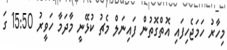
މިހާރު ހަމަޖެހިފައި އޮތްގޮތުން ފައިނަލް މެޗު ކުޅޭނީ މާދަމާ ހަވީރު 15:50 ގަ